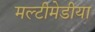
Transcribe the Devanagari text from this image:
मल्टीमेडीया